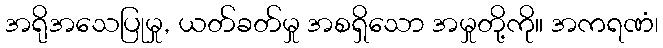
အရိုအသေပြုမှု, ယတ်ခတ်မှု အစရှိသော အမှုတို့ကို။ အကရဏံ၊